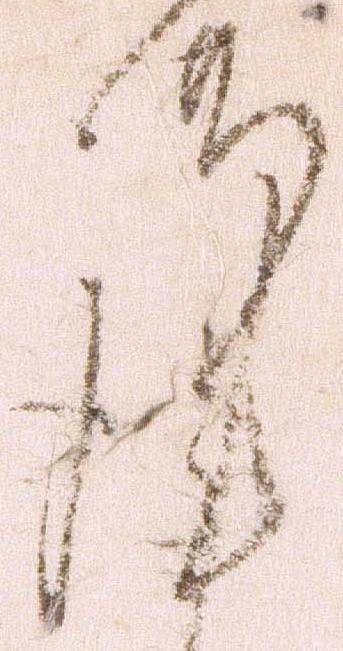
謹